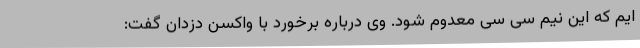
ایم که این نیم سی سی معدوم شود. وی درباره برخورد با واکسن دزدان گفت: